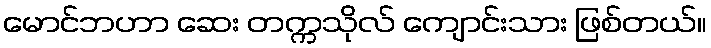
မောင်ဘဟာ ဆေး တက္ကသိုလ် ကျောင်းသား ဖြစ်တယ်။